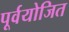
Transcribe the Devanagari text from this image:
पूर्वयोजित